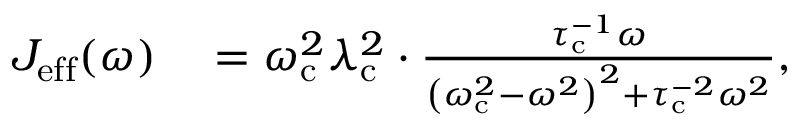
\begin{array} { r l } { J _ { \mathrm { e f f } } ( \omega ) } & { { } = { \omega _ { \mathrm { c } } ^ { 2 } \lambda _ { \mathrm { c } } ^ { 2 } } \cdot \frac { \tau _ { \mathrm { c } } ^ { - 1 } \omega } { \left( \omega _ { \mathrm { c } } ^ { 2 } - \omega ^ { 2 } \right) ^ { 2 } + \tau _ { \mathrm { c } } ^ { - 2 } \omega ^ { 2 } } , } \end{array}